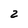
Character: 2